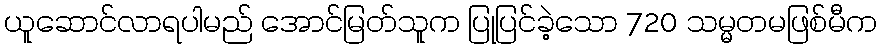
ယူဆောင်လာရပါမည် အောင်မြတ်သူက ပြုပြင်ခဲ့သော 720 သမ္မတမဖြစ်မီက